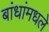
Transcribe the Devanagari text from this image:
बांधांमधले